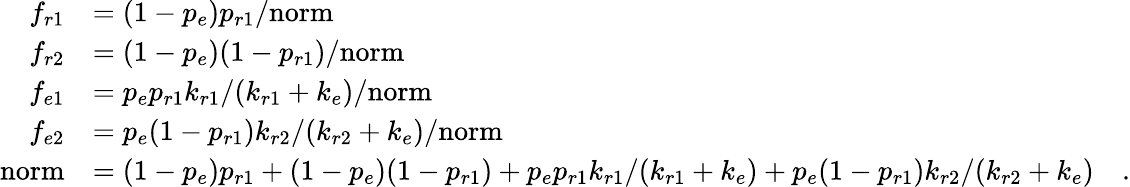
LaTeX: \begin{array}{rl}{f_{r1}}&{=(1-p_{e})p_{r1}/\mathrm{norm}}\\ {f_{r2}}&{=(1-p_{e})(1-p_{r1})/\mathrm{norm}}\\ {f_{e1}}&{=p_{e}p_{r1}k_{r1}/(k_{r1}+k_{e})/\mathrm{norm}}\\ {f_{e2}}&{=p_{e}(1-p_{r1})k_{r2}/(k_{r2}+k_{e})/\mathrm{norm}}\\ {\mathrm{norm}}&{=(1-p_{e})p_{r1}+(1-p_{e})(1-p_{r1})+p_{e}p_{r1}k_{r1}/(k_{r1}+k_{e})+p_{e}(1-p_{r1})k_{r2}/(k_{r2}+k_{e})\quad.}\end{array}